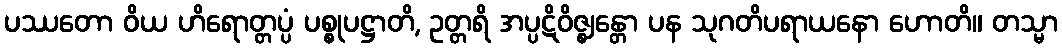
ပဿတော ဝိယ ဟိရောတ္တပ္ပံ ပစ္စုပဋ္ဌာတိ, ဥတ္တရိ အပ္ပဋိဝိဇ္ဈန္တော ပန သုဂတိပရာယနော ဟောတိ။ တသ္မာ